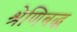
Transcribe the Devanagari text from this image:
श्रेणिबद्ध